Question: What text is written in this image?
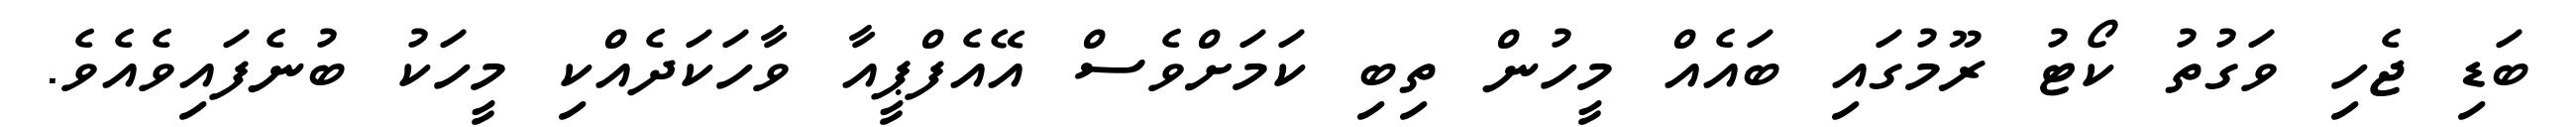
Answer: ބަޑި ޖެހި ވަގުތު ކޯޓު ރޫމުގައި ބައެއް މީހުން ތިބި ކަމަށްވެސް އޭއެފްޕީއާ ވާހަކަދެއްކި މީހަކު ބުނެފައިވެއެވެ.